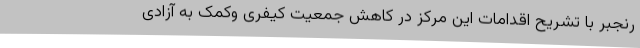
رنجبر با تشریح اقدامات این مرکز در کاهش جمعیت کیفری وکمک به آزادی